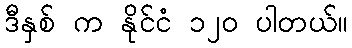
ဒီနှစ် က နိုင်ငံ ၁၂၀ ပါတယ်။